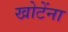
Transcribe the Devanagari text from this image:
खोटेंना